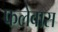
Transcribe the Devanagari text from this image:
फलेवास